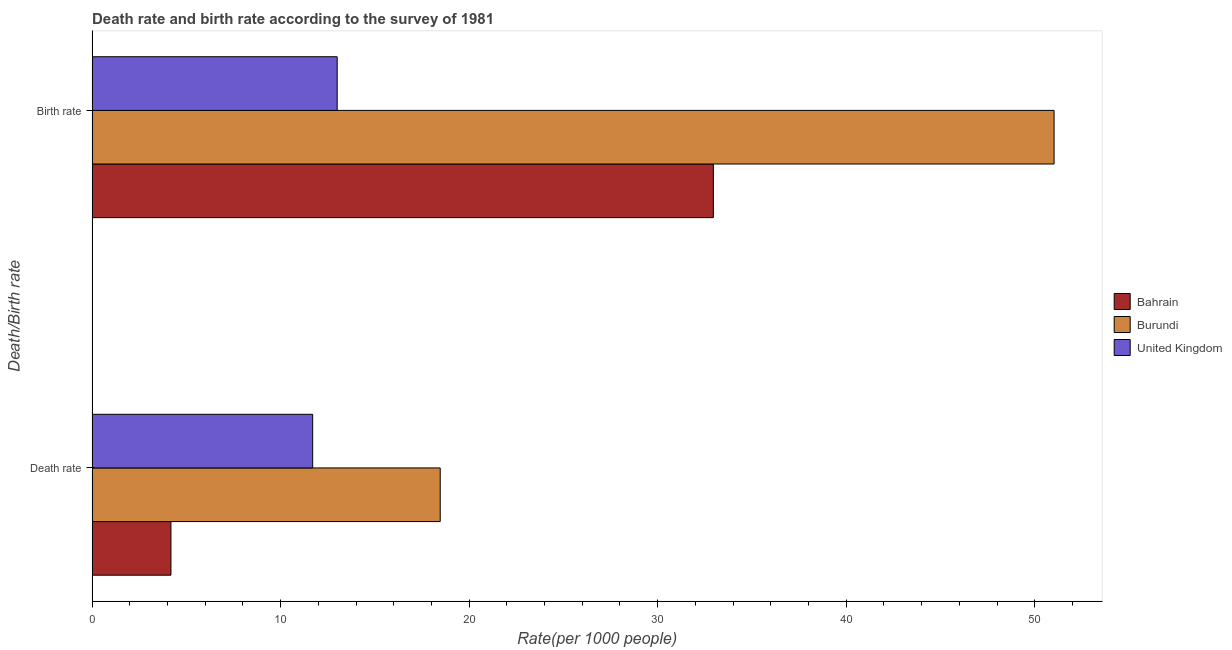
| Death/Birth rate | Bahrain | Burundi | United Kingdom |
 | --- | --- | --- | --- |
 | Death rate | 4.18 | 18.5 | 11.7 |
 | Birth rate | 33 | 51 | 13 |